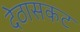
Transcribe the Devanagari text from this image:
देठासकट